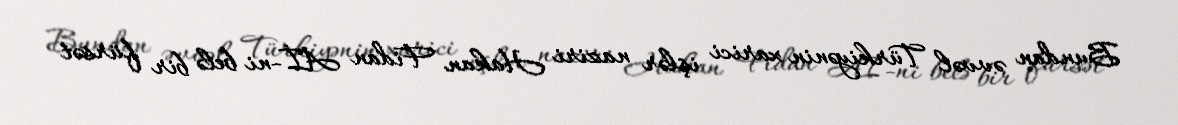
Bundan əvvəl Türkiyənin xarici işlər naziri Hakan Fidan Aİ-ni belə bir fürsət